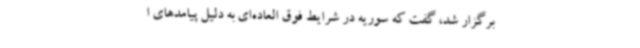
برگزار شد، گفت که سوریه در شرایط فوق العاده‌ای به دلیل پیامدهای ا